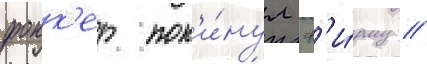
фокк'ер пок'и́нул ф'и́рму //